Document type: Sale
Year: 1274
Scribe: [Unknown]
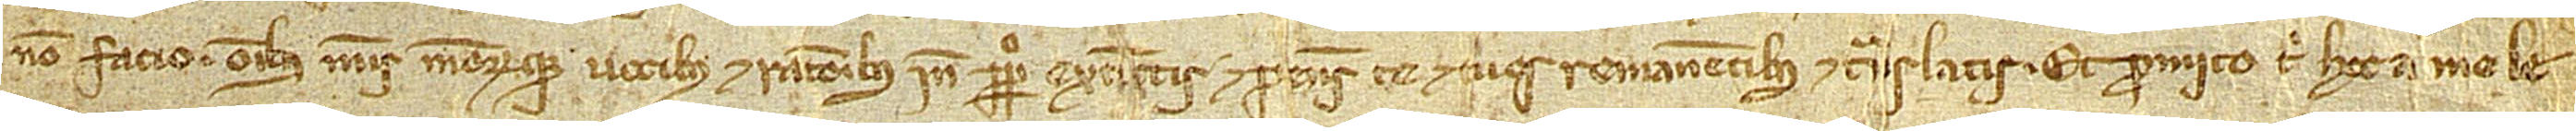
non facio, omnibus meis meorumque vocibus et rationibus inde perpetuo exeuntis et penes te et tuos remanentibus et translatis. Et promito tibi hoc a me le-